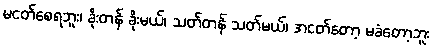
မငတ်စေရဘူး၊ ခိုးတန် ခိုးမယ်၊ သတ်တန် သတ်မယ်၊ အငတ်တော့ မခံတော့ဘူး